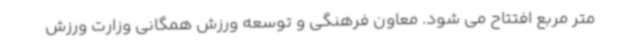
متر مربع افتتاح می شود. معاون فرهنگی و توسعه ورزش همگانی وزارت ورزش